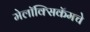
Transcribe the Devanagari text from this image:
मेलॉक्सिकॅमचे